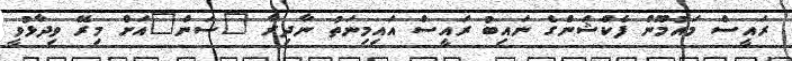
ރައީސް މައުމޫން ފެކްޝަންގެ ނައިބު ރައީސް އައިމިނަތު ނާދިރާ "ސަން"އަށް މިރޭ ވިދާޅުވީ